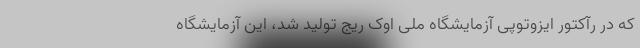
که در رآکتور ایزوتوپی آزمایشگاه ملّی اوک ریج تولید شد، این آزمایشگاه